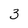
Character: 3